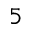
5